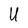
Character: U